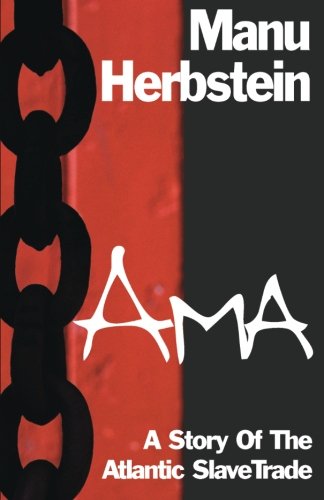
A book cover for Ama: A Story of the Atlantic Slave Trade; Manu Herbstein; Literature & Fiction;